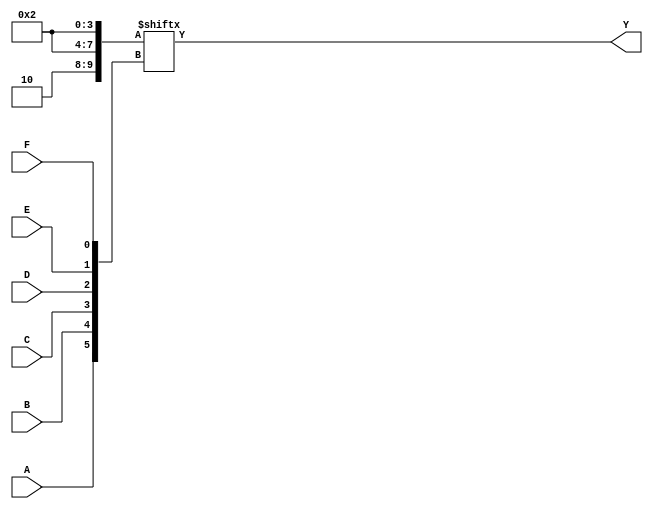
module KMap6Variable (
    input wire A,
    input wire B,
    input wire C,
    input wire D,
    input wire E,
    input wire F,
    output wire Y
);

// Declare a wire to store the output logic derived from the K-map
wire [63:0] kmap; // 64 entries for a 6-variable K-map

// Example: Define the K-map entries (this should be modified based on your logic function)
assign kmap[0] = 1'b0;   // A'B'C'D'E'F'
assign kmap[1] = 1'b1;   // A'B'C'D'E'F
assign kmap[2] = 1'b0;   // A'B'C'D'EF'
assign kmap[3] = 1'b0;   // A'B'C'D'EF
// ...
assign kmap[62] = 1'b0;  // A'BCDEF
assign kmap[63] = 1'b1;  // ABCDEF

// Calculate the output Y based on the combination of inputs A, B, C, D, E, F
assign Y = kmap[{A, B, C, D, E, F}]; // Combine inputs to index into the K-map

endmodule